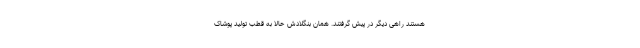
هستند راهی دیگر در پیش گرفتند. همان بنگلادش حالا به قطب تولید پوشاک